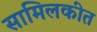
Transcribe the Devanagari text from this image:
सामिलकीत